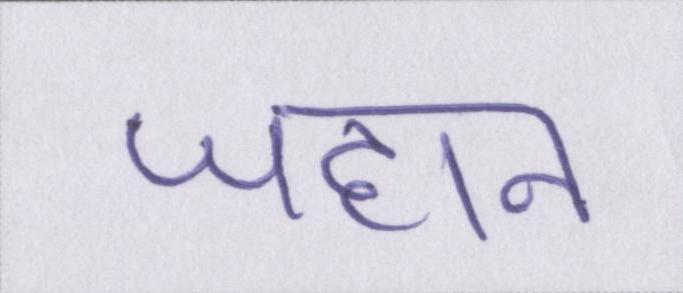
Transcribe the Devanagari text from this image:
जहान